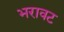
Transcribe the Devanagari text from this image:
भरावट